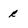
Character: R